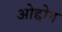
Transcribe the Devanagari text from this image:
ओद्दोग